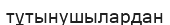
тұтынушылардан